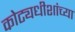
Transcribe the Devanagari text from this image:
कोट्यधीशांच्या